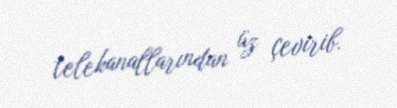
telekanallarından üz çevirib.